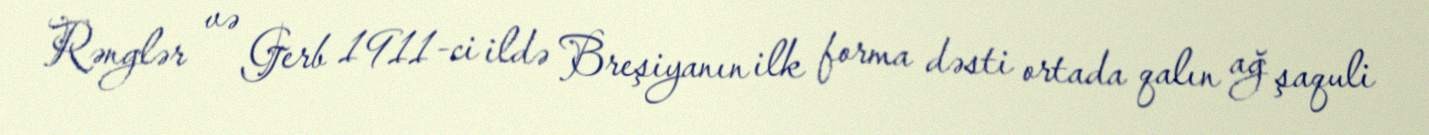
Rənglər və Gerb 1911-ci ildə Breşiyanın ilk forma dəsti ortada qalın ağ şaquli